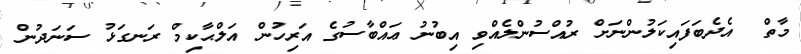
މާތް  އެދެބަފައިކަލުންނަށް ރުއްސުންލެއްވި އިބުނު ޢައްބާސުގެ އަރިހުން އަލްޙާކިމް ރަނގަޅު ސަނަދުން